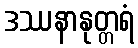
ဒဿနာနုတ္တရံ